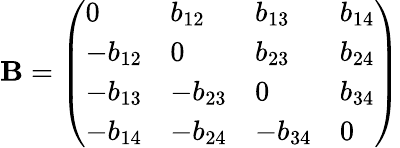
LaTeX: \mathbf{B}=\left(\begin{array}{llll}{0}&{b_{12}}&{b_{13}}&{b_{14}}\\ {-b_{12}}&{0}&{b_{23}}&{b_{24}}\\ {-b_{13}}&{-b_{23}}&{0}&{b_{34}}\\ {-b_{14}}&{-b_{24}}&{-b_{34}}&{0}\end{array}\right)